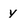
Character: y